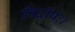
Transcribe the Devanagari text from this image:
निर्दोषः।